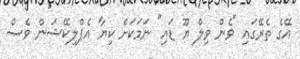
އޭގެ ތެރޭގައި "ވެން ވިލް ޔޫ ޑައި" ނަމަކަށް ކިޔާ އެޕްލިކޭޝަން ވެސް